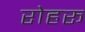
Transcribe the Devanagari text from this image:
रोहरू